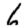
Digit: 6